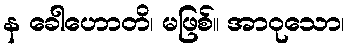
န ခေါဟောတိ၊ မဖြစ်။ အာဝုသော၊